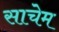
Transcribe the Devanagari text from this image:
साचेम